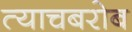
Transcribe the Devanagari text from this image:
त्याचबरोब